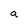
Character: a